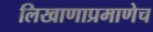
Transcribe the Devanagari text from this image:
लिखाणाप्रमाणेच